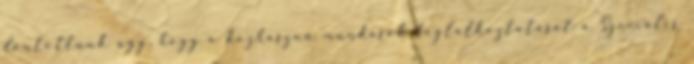
döntöttünk úgy, hogy a közhasznú munkások foglalkoztatását a Szociális